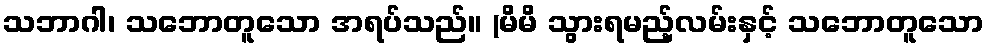
သဘာဂါ၊ သဘောတူသော အရပ်သည်။ (မိမိ သွားရမည့်လမ်းနှင့် သဘောတူသော